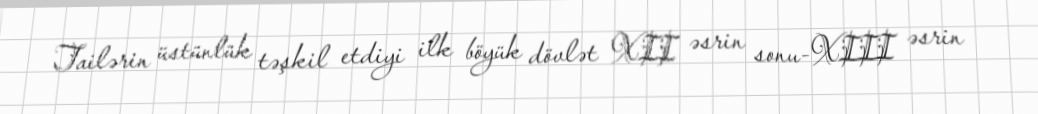
Tailərin üstünlük təşkil etdiyi ilk böyük dövlət XII əsrin sonu-XIII əsrin